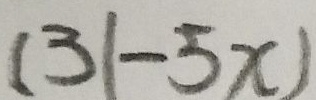
( 3 1 - 5 x )